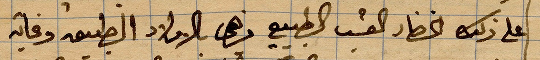
على ذلك الخضار العشب الطبيعي هذه البلاد الطبيعة وغايته